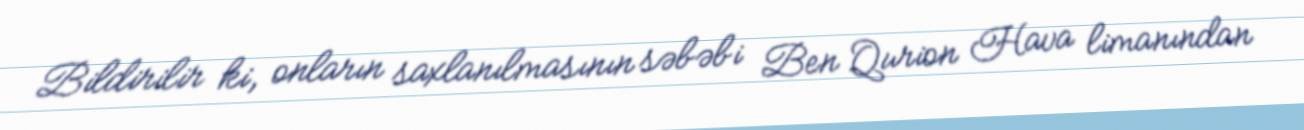
Bildirilir ki, onların saxlanılmasının səbəbi Ben Qurion Hava limanından